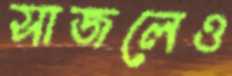
সাজলেও